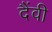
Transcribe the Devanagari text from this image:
दैंवी